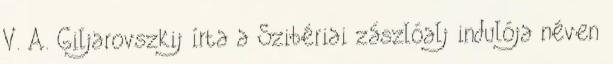
V. A. Giljarovszkij írta a Szibériai zászlóalj indulója néven